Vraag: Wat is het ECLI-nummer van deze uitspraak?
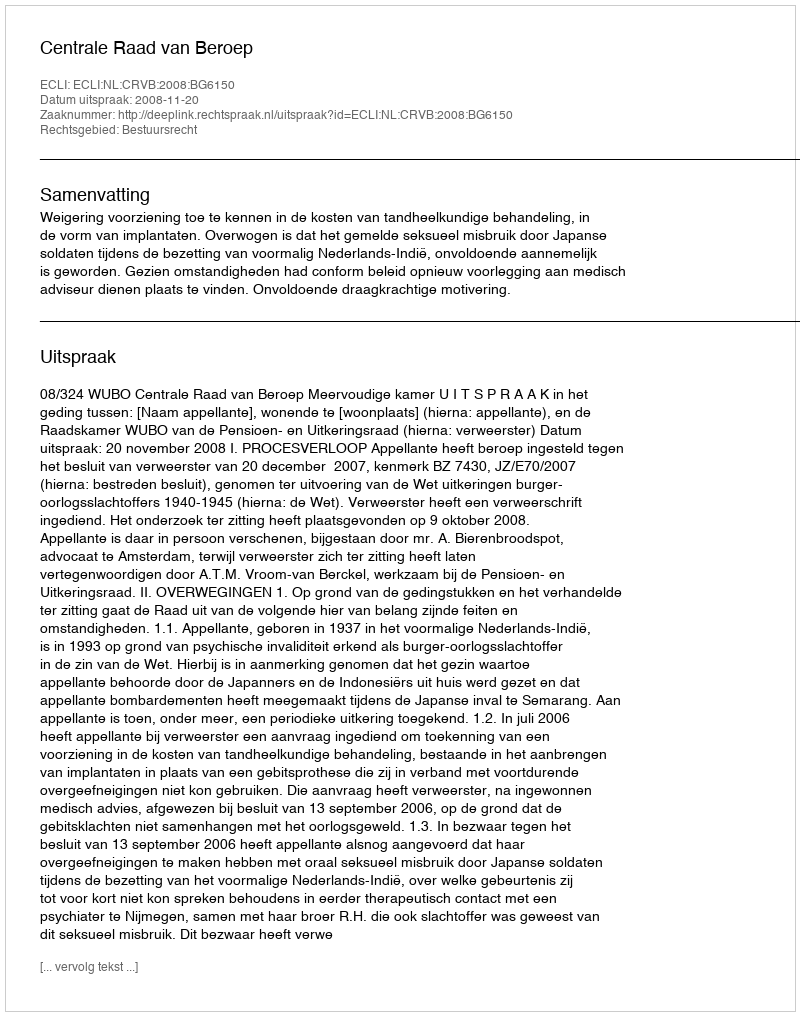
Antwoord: ECLI:NL:CRVB:2008:BG6150